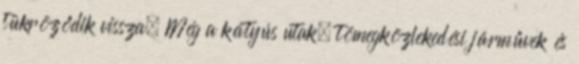
tükröződik vissza. Még a kátyús utak, tömegközlekedési járművek és